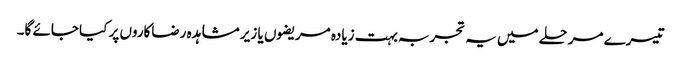
تیسرے مرحلے میں یہ تجربہ بہت زیادہ مریضوں یا زیر مشاہدہ رضاکاروں پر کیا جائے گا۔